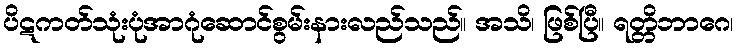
ပိဋကတ်သုံးပုံအာဂုံဆောင်စွမ်းနားလည်သည်။ အသိ၊ ဖြစ်ပြီ။ ရတ္တိဘာဂေ၊